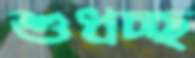
শুধচ্ছ